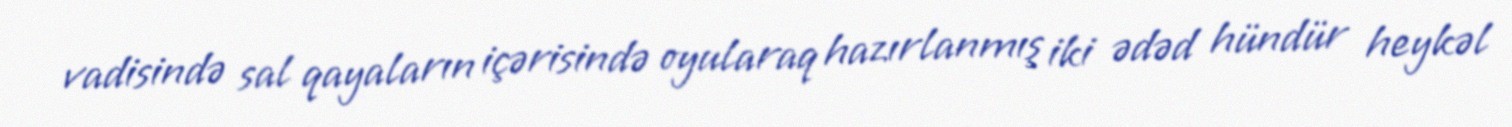
vadisində sal qayaların içərisində oyularaq hazırlanmış iki ədəd hündür heykəl